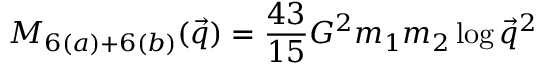
M _ { 6 ( a ) + 6 ( b ) } ( \vec { q } ) = { \frac { 4 3 } { 1 5 } } G ^ { 2 } m _ { 1 } m _ { 2 } \log \vec { q } ^ { 2 }